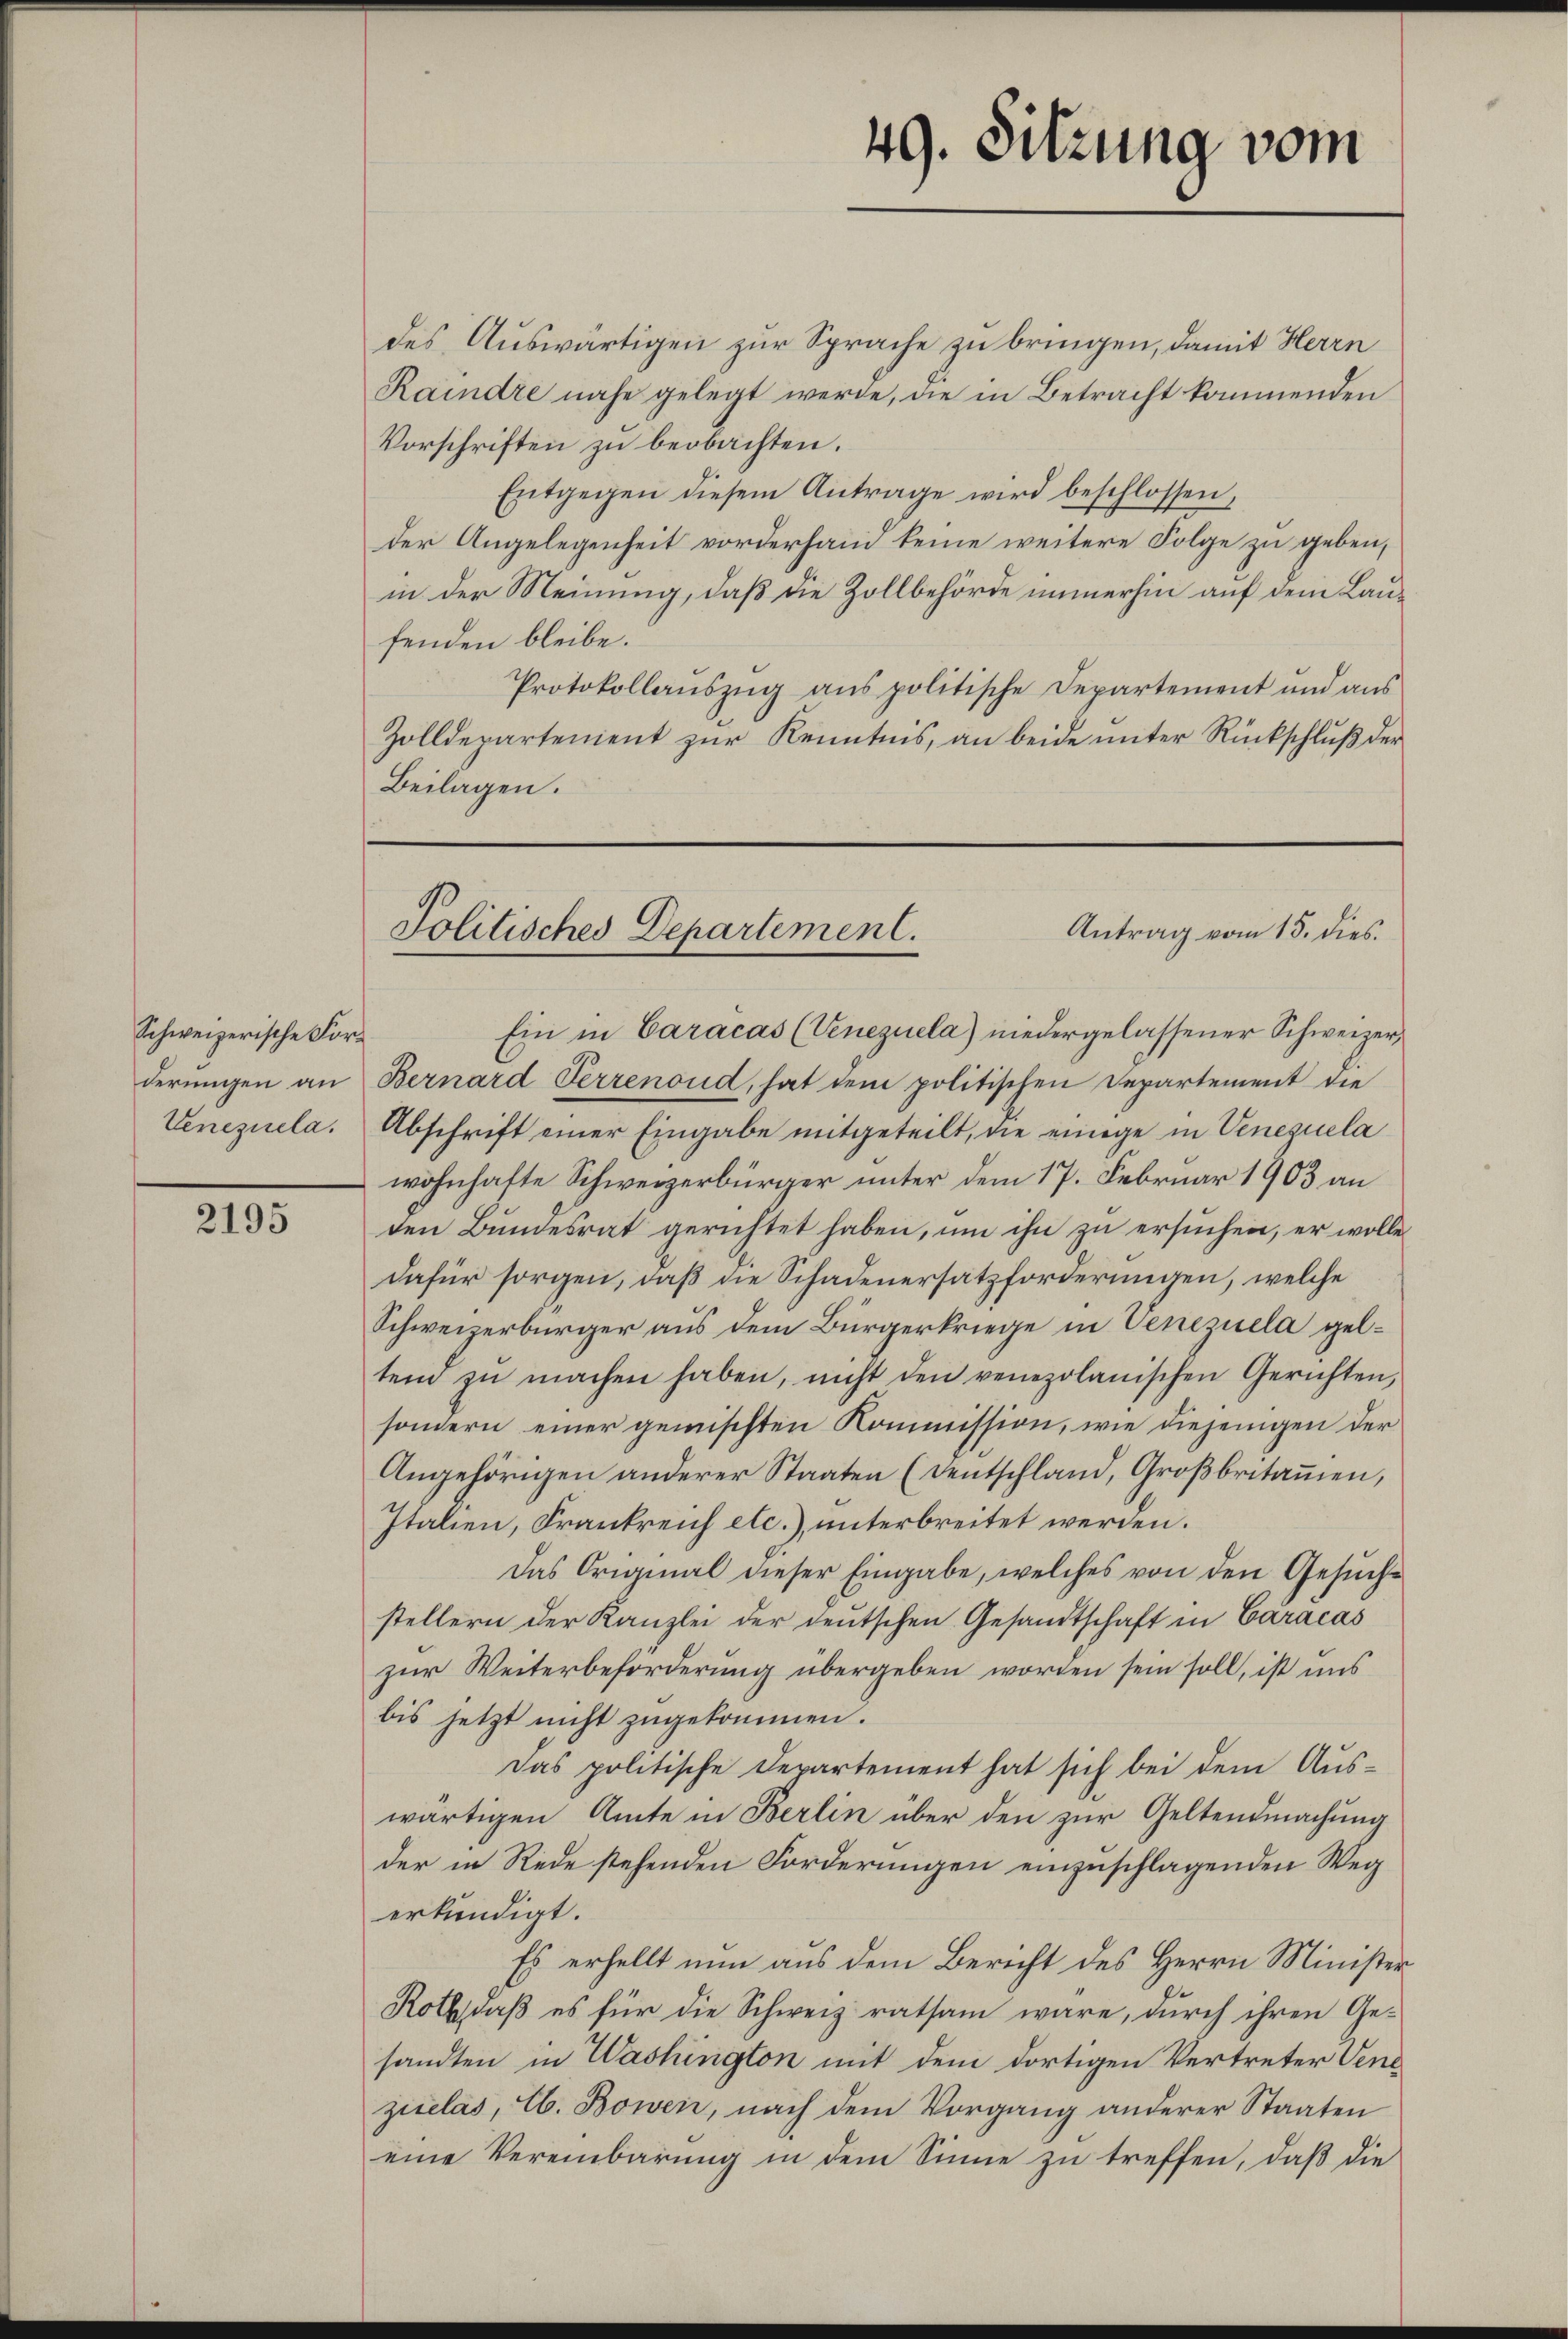
Schweizerische Forderungen an
Venezuela.

2195

des Auswärtigen zur Sprache zu bringen, damit Herrn
Raindre nahe gelegt werde, die in Betracht kommenden
Vorschriften zu beobachten.
Entgegen diesem Antrage wird beschlossen,
der Angelegenheit vorderhand keine weitere Folge zu geben,
in der Meinung, daß die Zollbehörde immerhin auf dem Laufenden bleibe.
Protokollaŭszŭg ans politische Departement und aŭs
Zolldepartement zŭr Kenntnis, an beide ŭnter Rückschlŭβ der
Beilagen.

49. Sitzung vom

Antrag vom 15. dies
Politisches Departement.

Ein in Caracas (Venezuela) niedergelassener Schweizer,
Bernard Perrenoud, hat dem politischen Departement die
Abschrift einer Eingabe mitgeteilt, die einige in Venezuela
wohnhafte Schweizerbürger unter dem 17. Februar 1903 an
den Bundesrat gerichtet haben, um ihn zu ersuchen, er wolle
dafür sorgen, daß die Schadenersatzforderungen, welche
Schweizerbürger aus dem Bürgerkriege in Venezuela geltend zŭ machen haben, nicht den venezolanischen Gerichten,
sondern einer gemischten Kommission, wie diejenigen der
Angehörigen anderer Staaten (Dentschland, Großbritanen,
Italien, Frankreich etc.) unterbreitet werden.
Das Original dieser Eingabe, welches von den Gesuche
stellern der Kanzlei der deutschen Gesandtschaft in Caracas
zur Weiterbeförderung übergeben worden sein soll, ist uns
bis jetzt nicht zugekommen.
Das politische Departement hat sich bei dem Aus-
wärtigen Amte in Berlin über den zur Geltendmachung
der in Rede stehenden Forderungen einzuschlagenden Weg
erkundigt.
Es erhellt nun aus dem Bericht des Herrn Minister
Roth daß es für die Schweiz ratsam wäre, durch ihren Gesandten in Washington mit dem dortigen Vertreter Vene
zuelas, lb. Bowen, nach dem Vorgang anderer Staaten
eine Vereinbarung in dem Sinne zu treffen, daß die